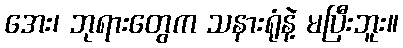
အေး၊ ဘုရားတွေက သနားရုံနဲ့ မပြီးဘူး။